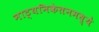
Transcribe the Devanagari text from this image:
नाट्यनिकेतनमध्ये